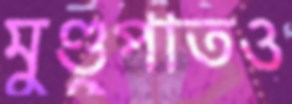
মুণ্ডুপাতও